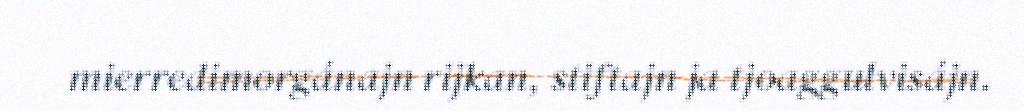
mierredimorgánajn rijkan, stiftajn ja tjoaggulvisájn.